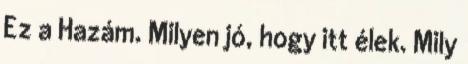
Ez a Hazám. Milyen jó, hogy itt élek. Mily